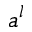
a ^ { l }